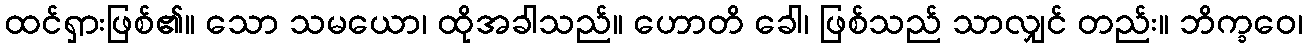
ထင်ရှားဖြစ်၏။ သော သမယော၊ ထိုအခါသည်။ ဟောတိ ခေါ၊ ဖြစ်သည် သာလျှင် တည်း။ ဘိက္ခဝေ၊